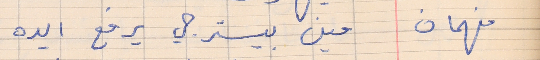
فهمان     مين بيسترجي يرفع  ايده